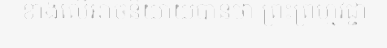
ខាងលើអាចនិយាយបានថា ព្រះព្រហ្មវិជ្ជា